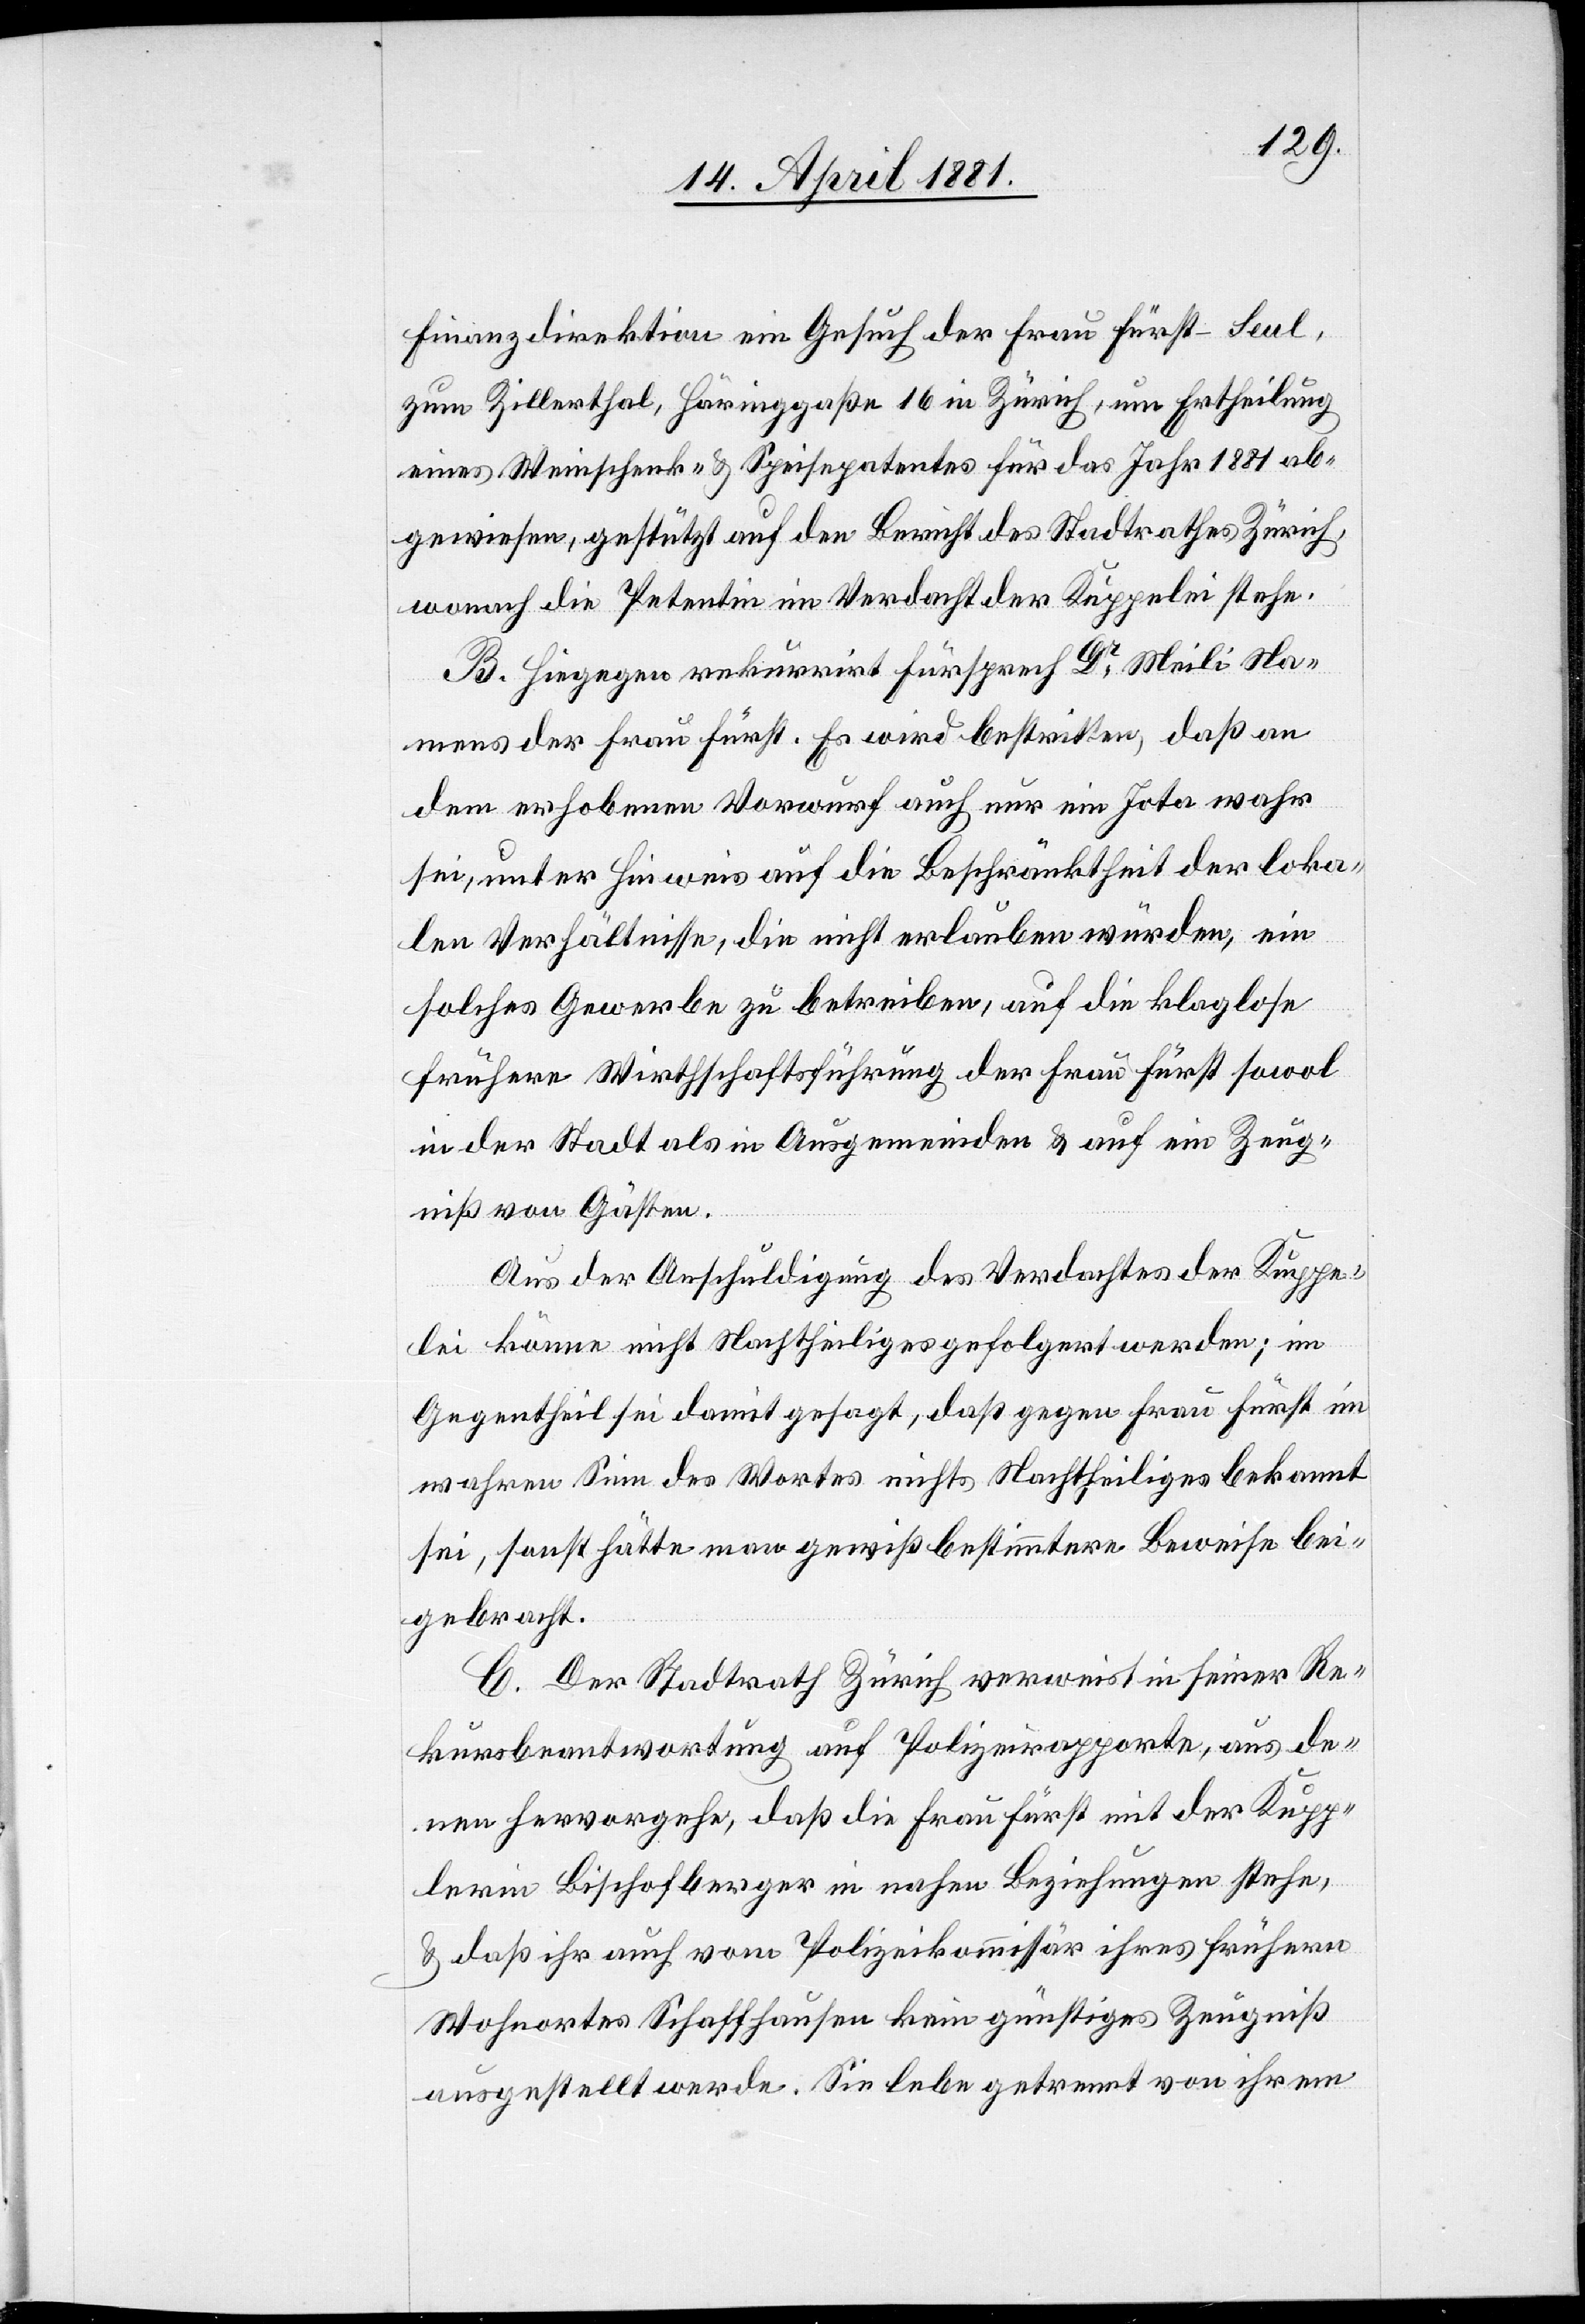
Finanzdirektion ein Gesuch der Frau Fürst-Seul,
zum Zillerthal, Häringgaße 16 in Zürich, um Ertheilung
eines Weinschank- & Speisepatentes für das Jahr 1881 ab¬
gewiesen, gestützt auf den Bericht des Stadtrathes Zürich,
wonach die Petentin im Verdacht der Kuppelei stehe.
B. Hingegen rekurrirt Fürsprech Dr Meili Na¬
mens der Frau Fürst. Es wird bestritten, daß an
dem erhobenen Vorwurf auch nur ein Jota wahr
sei, unter Hinweis auf die Beschränktheit der loka¬
len Verhältnisse, die nicht erlauben würden, ein
solches Gewerbe zu betreiben, auf die klaglose
frühere Wirthschaftsführung der Frau Fürth sowol
in der Stadt als in Ausgemeinden & auf ein Zeug¬
niß von Gästen.
Aus der Anschuldigung des Verdachtes der Kuppe¬
lei könne nicht Nachtheiliges gefolgert werden; im
Gegentheil sei damit gesagt, daß gegen Frau Fürst im
wahren Sinn des Wortes nichts Nachtheiliges bekannt
sei, sonst hätte man gewiß bestimmtere Beweise bei¬
gebracht.
C. Der Stadtrath Zürich verweist in seiner Re¬
kursbeantwortung auf Polizeirapporte, aus de¬
nen hervorgehe, daß die Frau Fürst mit der Kupp¬
lerin Bischofberger in nahen Beziehungen stehe,
& daß ihr auch vom Polizeikommissar ihres frühern
Wohnortes Schaffhausen kein günstiges Zeugniß
ausgestellt werde. Sie lebe getrennt von ihrem